Indian journal of veterinary science and animal husbandry - Volume 7,
Year: 1937
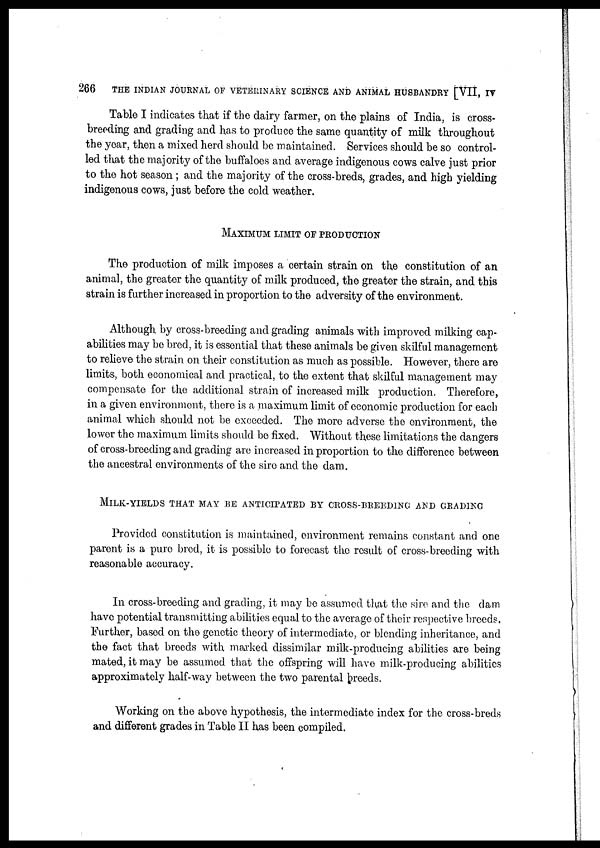
266
THE INDIAN JOURNAL OF VETERINARY SCIENCE AND ANIMAL HUSBANDRY [VII, IV
Table I indicates that if the dairy farmer, on the plains of India, is cross-
breeding and grading and has to produce the same quantity of milk throughout
the year, then a mixed herd should be maintained. Services should be so control-
led that the majority of the buffaloes and average indigenous cows calve just prior
to the hot season ; and the majority of the cross-breds, grades, and high yielding
indigenous cows, just before the cold weather.
MAXIMUM LIMIT OF PRODUCTION
The production of milk imposes a certain strain on the constitution of an
animal, the greater the quantity of milk produced, the greater the strain, and this
strain is further increased in proportion to the adversity of the environment.
Although by cross-breeding and grading animals with improved milking cap-
abilities may be bred, it is essential that these animals be given skilful management
to relieve the strain on their constitution as much as possible. However, there are
limits, both economical and practical, to the extent that skilful management may
compensate for the additional strain of increased milk production. Therefore,
in a given environment, there is a maximum limit of economic production for each
animal which should not be exceeded. The more adverse the environment, the
lower the maximum limits should be fixed. Without these limitations the dangers
of cross-breeding and grading are increased in proportion to the difference between
the ancestral environments of the sire and the dam.
MILK-YIELDS THAT MAY BE ANTICIPATED BY CROSS-BREEDING AND GRADING
Provided constitution is maintained, environment remains constant and one
parent is a pure bred, it is possible to forecast the result of cross-breeding with
reasonable accuracy.
In cross-breeding and grading, it may be assumed that the sire and the dam
have potential transmitting abilities equal to the average of their respective breeds.
Further, based on the genetic theory of intermediate, or blending inheritance, and
the fact that breeds with marked dissimilar milk-producing abilities are being
mated, it may be assumed that the offspring will have milk-producing abilities
approximately half-way between the two parental breeds.
Working on the above hypothesis, the intermediate index for the cross-breds
and different grades in Table II has been compiled.